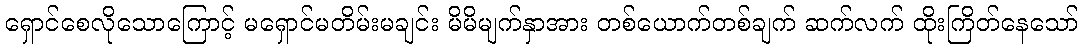
ရှောင်စေလိုသောကြောင့် မရှောင်မတိမ်းမချင်း မိမိမျက်နှာအား တစ်ယောက်တစ်ချက် ဆက်လက် ထိုးကြိတ်နေသော်